Civil Veterinary Dept. North-West Frontier Province 1923-32 - 1923-1932
Year: 1923
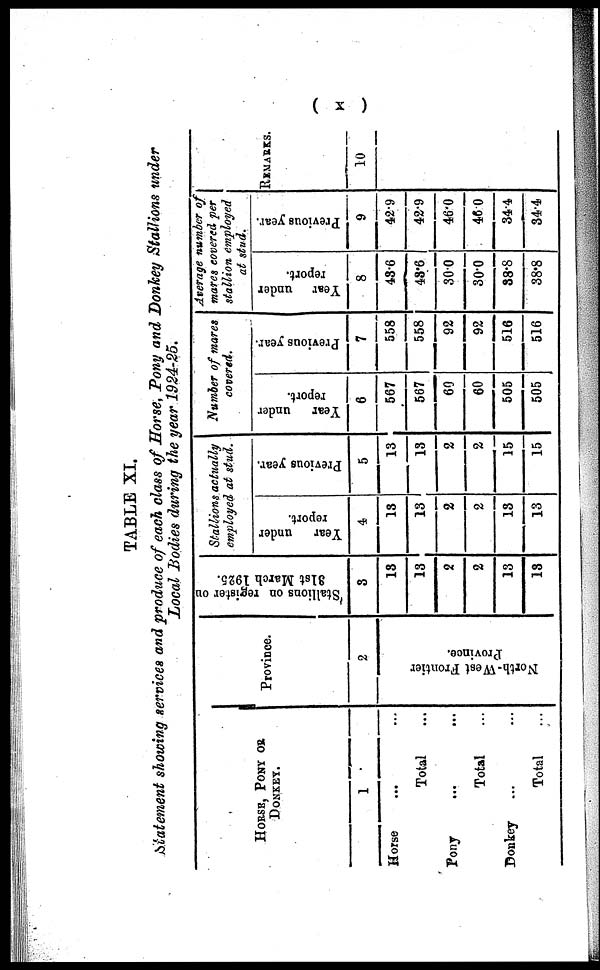
( X )
TABLE XI.
Statement showing services and produce of each class of Horse, Pony and Donkey Stallions under
Local Bodies during the year 1924-25.
HORSE, PONY OR
DONKEY.
1
Horse... ...
Total ...
Pony
...
...
Total
Donkey... ...
Total ...
Province.
2
North-West Frontier
Province.
Stallions on register on
31st
March 1925.
3
13
13
2
2
13
13
Stallions actually
employed at stud.
Year under
report.
4
13
13
2
2
13
13
Previous year.
5
13
13
2
2
15
15
Number of mares
covered.
Year under
report.
6
567
567
60
60
505
505
Previous year.
7
558
558
92
92
516
516
Average number of
mares covered per
stallion employed
at stud.
Year under
report.
8
43.6
43.6
30.0
30.0
38.8
38.8
Previous year.
9
42.9
42.9
46.0
46.0
34.4
34.4
REMARKS.
10